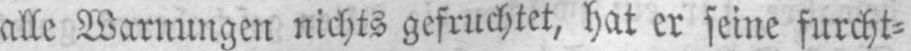
alle Warnungen nichts gefruchtet, hat er seine furcht⸗